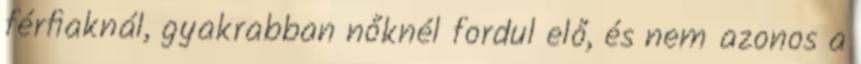
férﬁaknál, gyakrabban nőknél fordul elő, és nem azonos a